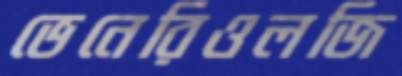
ভেনেরিওলজি